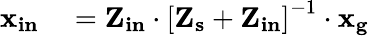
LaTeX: \begin{array}{rl}{\mathbf{x_{in}}}&{{}=\mathbf{Z_{in}}\cdot\left[\mathbf{Z_{s}}+\mathbf{Z_{in}}\right]^{-1}\cdot\mathbf{x_{g}}}\end{array}